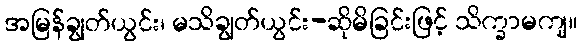
အမြန်ချွတ်ယွင်း၊ မသိချွတ်ယွင်း-ဆိုမိခြင်းဖြင့် သိက္ခာမကျ။